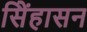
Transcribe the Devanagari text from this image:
सिेंहासन